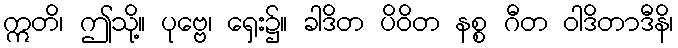
ဣတိ၊ ဤသို့။ ပုဗ္ဗေ၊ ရှေး၌။ ခါဒိတ ပိဝိတ နစ္စ ဂီတ ဝါဒိတာဒီနိ၊